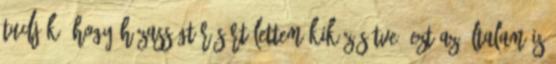
tudják, hogy házasságtörésért lettem kiközösítve. Ezt az általam is